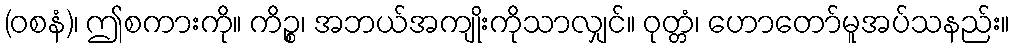
(ဝစနံ)၊ ဤစကားကို။ ကိဉ္စ၊ အဘယ်အကျိုးကိုသာလျှင်။ ဝုတ္တံ၊ ဟောတော်မူအပ်သနည်း။